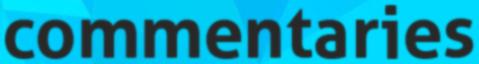
commentaries